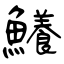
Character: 鱶